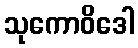
သုကောဝိဒေါ